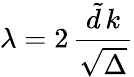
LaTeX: \lambda=2\, \frac{{\tilde{d}}\, k}{\sqrt{\Delta}}